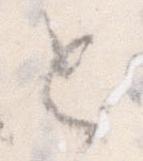
と